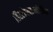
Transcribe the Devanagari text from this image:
हिस्टोप्लाज्मोसिस